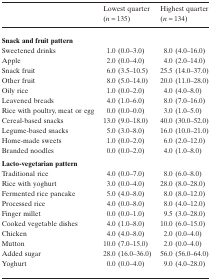
|  | Lowest quarter (n = 135) | Highest quarter (n = 134) |
 | --- | --- | --- |
 | <COLSPAN=3> Snack and fruit pattern |
 | Sweetened drinks | 1.0 (0.0–3.0) | 8.0 (4.0–16.0) |
 | Apple | 2.0 (0.0–4.0) | 4.0 (2.0–14.0) |
 | Snack fruit | 6.0 (3.5–10.5) | 25.5 (14.0–37.0) |
 | Other fruit | 8.0 (5.0–14.0) | 20.0 (11.0–28.0) |
 | Oily rice | 1.0 (0.0–2.0) | 4.0 (4.0–8.0) |
 | Leavened breads | 4.0 (1.0–6.0) | 8.0 (7.0–16.0) |
 | Rice with poultry, meat or egg | 0.0 (0.0–0.0) | 3.0 (1.0–5.0) |
 | Cereal-based snacks | 13.0 (9.0–18.0) | 40.0 (30.0–52.0) |
 | Legume-based snacks | 5.0 (3.0–8.0) | 16.0 (10.0–21.0) |
 | Home-made sweets | 1.0 (0.0–2.0) | 6.0 (2.0–12.0) |
 | Branded noodles | 0.0 (0.0–2.0) | 4.0 (1.0–8.0) |
 | <COLSPAN=3> Lacto-vegetarian pattern |
 | Traditional rice | 4.0 (0.0–7.0) | 8.0 (6.0–8.0) |
 | Rice with yoghurt | 3.0 (0.0–4.0) | 28.0 (8.0–28.0) |
 | Fermented rice pancake | 5.0 (4.0–8.0) | 8.0 (8.0–12.0) |
 | Processed rice | 4.0 (0.0–8.0) | 8.0 (4.0–12.0) |
 | Finger millet | 0.0 (0.0–1.0) | 9.5 (3.0–28.0) |
 | Cooked vegetable dishes | 4.0 (1.0–8.0) | 10.0 (6.0–15.0) |
 | Chicken | 4.0 (4.0–8.0) | 2.0 (0.0–4.0) |
 | Mutton | 10.0 (7.0–15.0) | 2.0 (0.0–4.0) |
 | Added sugar | 28.0 (16.0–36.0) | 56.0 (56.0–64.0) |
 | Yoghurt | 0.0 (0.0–4.0) | 9.0 (4.0–28.0) |